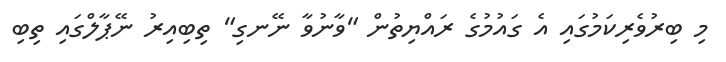
މި ބިރުވެރިކަމުގައި އެ ގައުމުގެ ރައްޔިތުން "ވާނުވާ ނޭނގި" ތިބިއިރު ނޭޕާލްގައި ތިބި